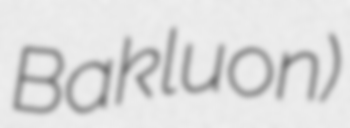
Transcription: Bakluon)